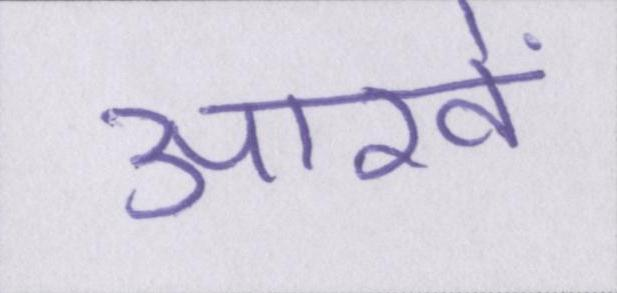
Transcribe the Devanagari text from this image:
आखें